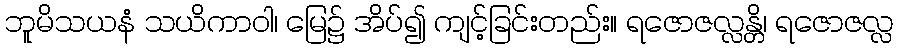
ဘူမိသယနံ သယိကာဝါ၊ မြေ၌ အိပ်၍ ကျင့်ခြင်းတည်း။ ရဇောဇလ္လန္တိ၊ ရဇောဇလ္လ